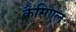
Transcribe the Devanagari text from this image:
कैसिएल